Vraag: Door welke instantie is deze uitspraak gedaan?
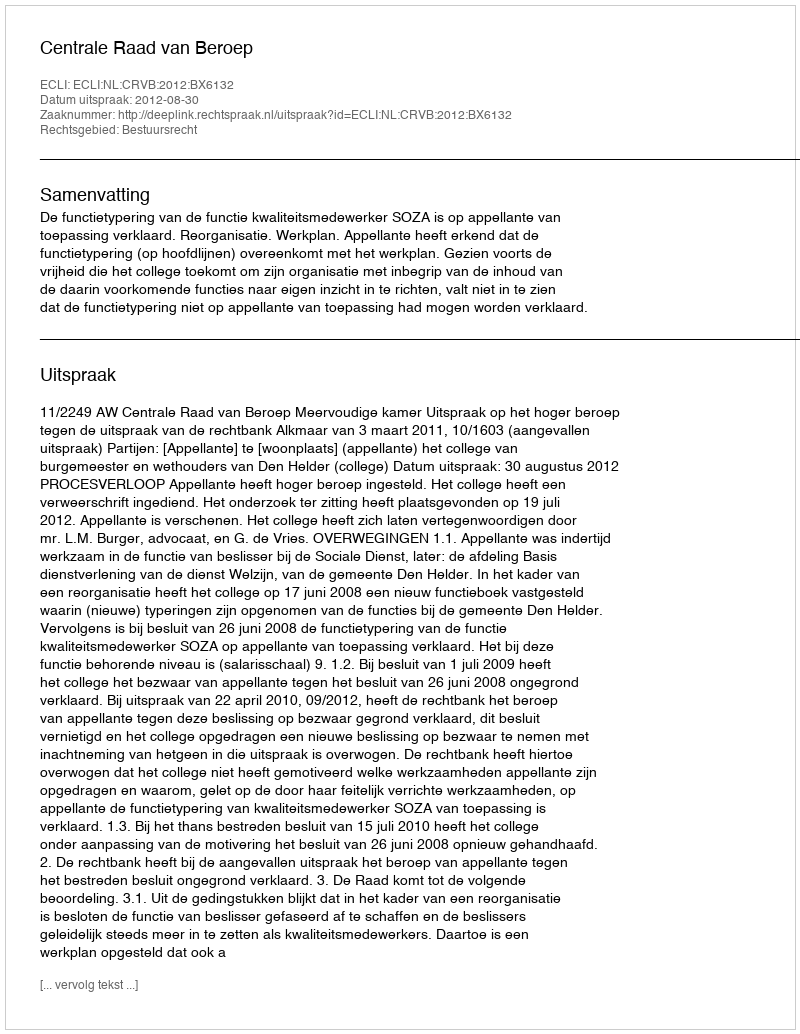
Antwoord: Centrale Raad van Beroep